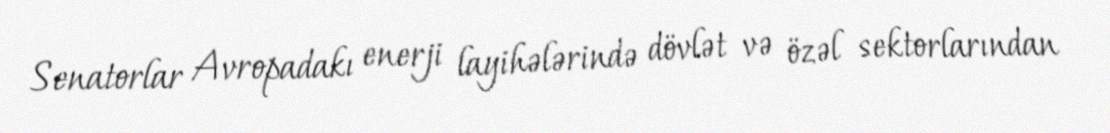
Senatorlar Avropadakı enerji layihələrində dövlət və özəl sektorlarından